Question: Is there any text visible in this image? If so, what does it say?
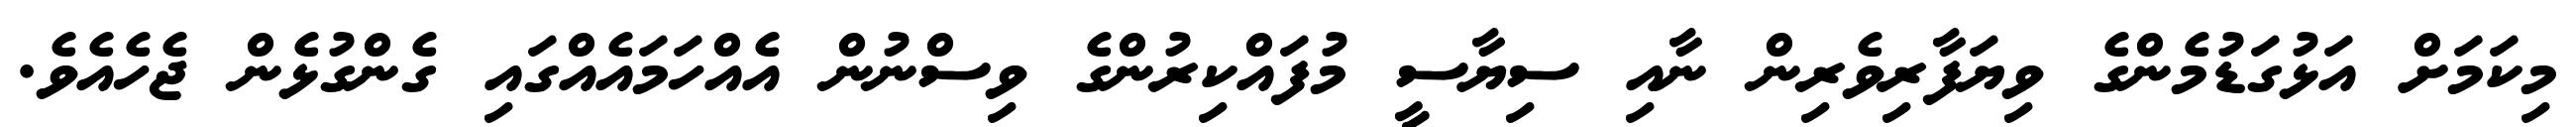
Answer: މިކަމަށް އަޅުގަޑުމެންގެ ވިޔަފާރިވެރިން ނާއި ސިޔާސީ މުފައްކިރުންގެ ވިސްނުން އެއްހަމައެއްގައި ގެންގުޅެން ޖެހެއެވެ.